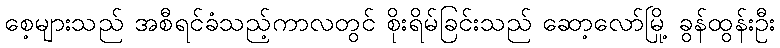
စေ့များသည် အစီရင်ခံသည့်ကာလတွင် စိုးရိမ်ခြင်းသည် ဆော့လော်မြို့ ခွန်ထွန်းဦး